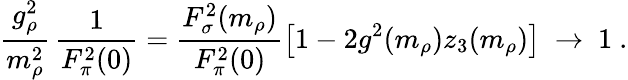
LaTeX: \frac{g_{\rho}^{2}}{m_{\rho}^{2}}\, \frac{1}{F_{\pi}^{2}(0)}=\frac{F_{\sigma}^{2}(m_{\rho})}{F_{\pi}^{2}(0)}\left[1-2g^{2}(m_{\rho})z_{3}(m_{\rho})\right]\ \rightarrow\ 1\ .